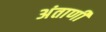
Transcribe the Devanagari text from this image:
अंताणी